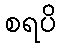
စရပိ